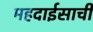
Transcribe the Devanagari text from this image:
महदाईसाची